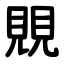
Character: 覞